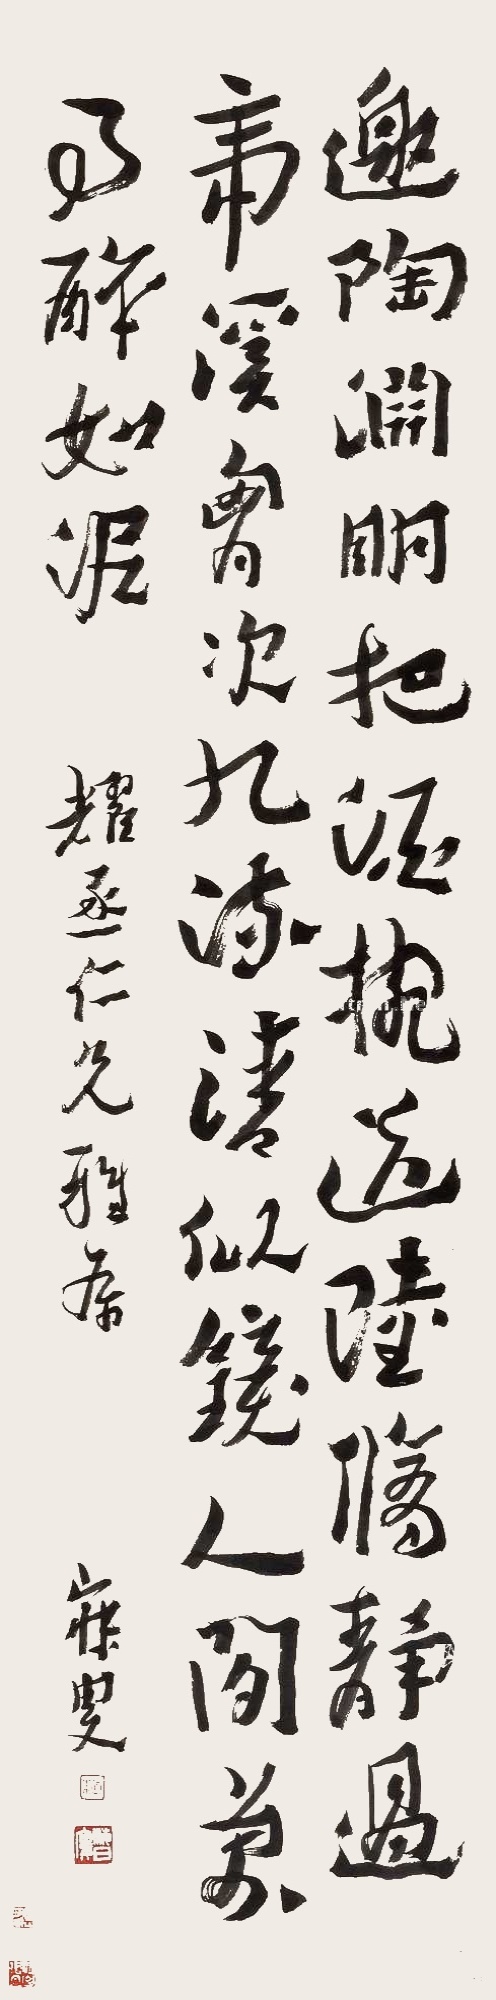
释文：邀陶渊明把酒椀，送陆修静过虎溪。胸次九流清似镜，人间万事醉如泥。耀丞仁兄雅属，寐叟。